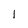
Character: l